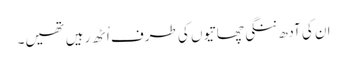
ان کی آدھ ننگی چھاتیوں کی طرف اُٹھ رہیں تھیں۔